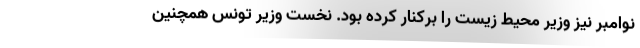
نوامبر نیز وزیر محیط زیست را برکنار کرده بود. نخست وزیر تونس همچنین